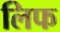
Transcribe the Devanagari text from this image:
लिफ